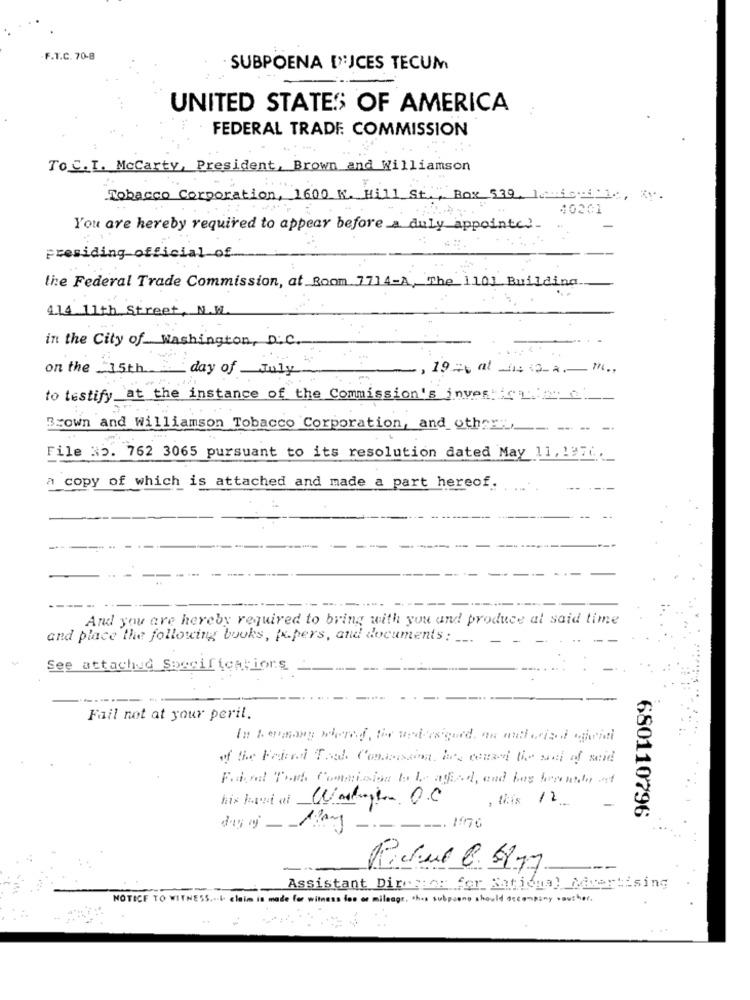
F.T.C. 70-8
SUBPOENA IJCES TECUM
UNITED STATES OF AMERICA
FEDERAL TRADE COMMISSION
To C.I. Mccarty, President, Brown and Williamson
Tobacco Corporation, 1600 W. Hill St ., Box 539, 11, Xy.
40201
You are hereby required to appear before a duly appointed
-
presiding official of
the Federal Trade Commission, at Room 1714-A, The 1101 Building
4.14 11th Street, N.WL
in the City of Washington, D.C.
on the 15th
day of _July
,197at 11+12m
to testify_at the instance of the Commission's inverno
Brown and Williamson Tobacco Corporation, and other".
--- -
File 35. 762 3065 pursuant to its resolution dated May 11, 197i :_
a copy of which is attached and made a part hereof.
--- --.
And you are hereby required to bring with you and produce at said time
and place the following books, fx.pers, and documents: __.
See attached Specifications
-----
Fail not at your peril.
of the Print Thak Commission, bes card Be an of said
Fried Tweb Commision to be aggad, end bus berende at
his hand of Wagen O.C
, this 12
680110796
Richul B. 517
Assistant Director for National Advertising
NOTICE TO WITNESS ..... claim is made for witnes
o mileage. this subpoone show
my souther.